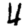
Digit: 4